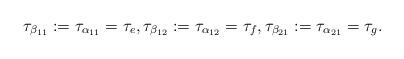
LaTeX: \begin{align*}\tau_{\beta_{11}}:=\tau_{\alpha_{11}} = \tau_e, \tau_{\beta_{12}}:=\tau_{\alpha_{12}} = \tau_f, \tau_{\beta_{21}}:=\tau_{\alpha_{21}} = \tau_g.\end{align*}